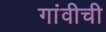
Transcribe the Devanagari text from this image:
गांवीची